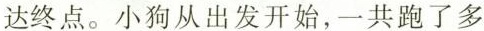
达终点。小狗从出发开始，一共跑了多